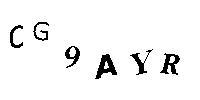
CG9AYR